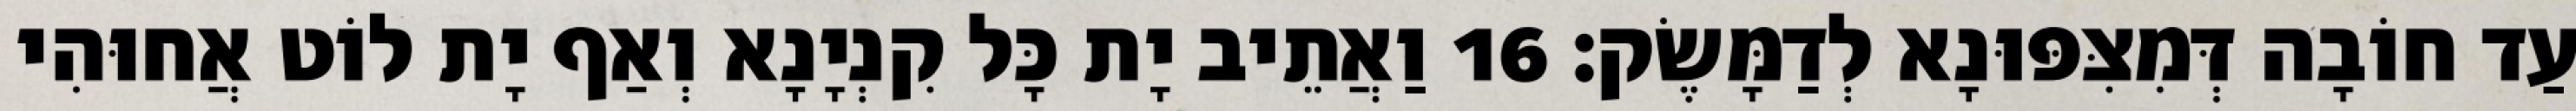
עַד חוֹבָה דְּמִצִּפּוּנָא לְדַמָּשֶׂק׃ 16 וַאֲתֵיב יָת כָּל קִנְיָנָא וְאַף יָת לוֹט אֲחוּהִי